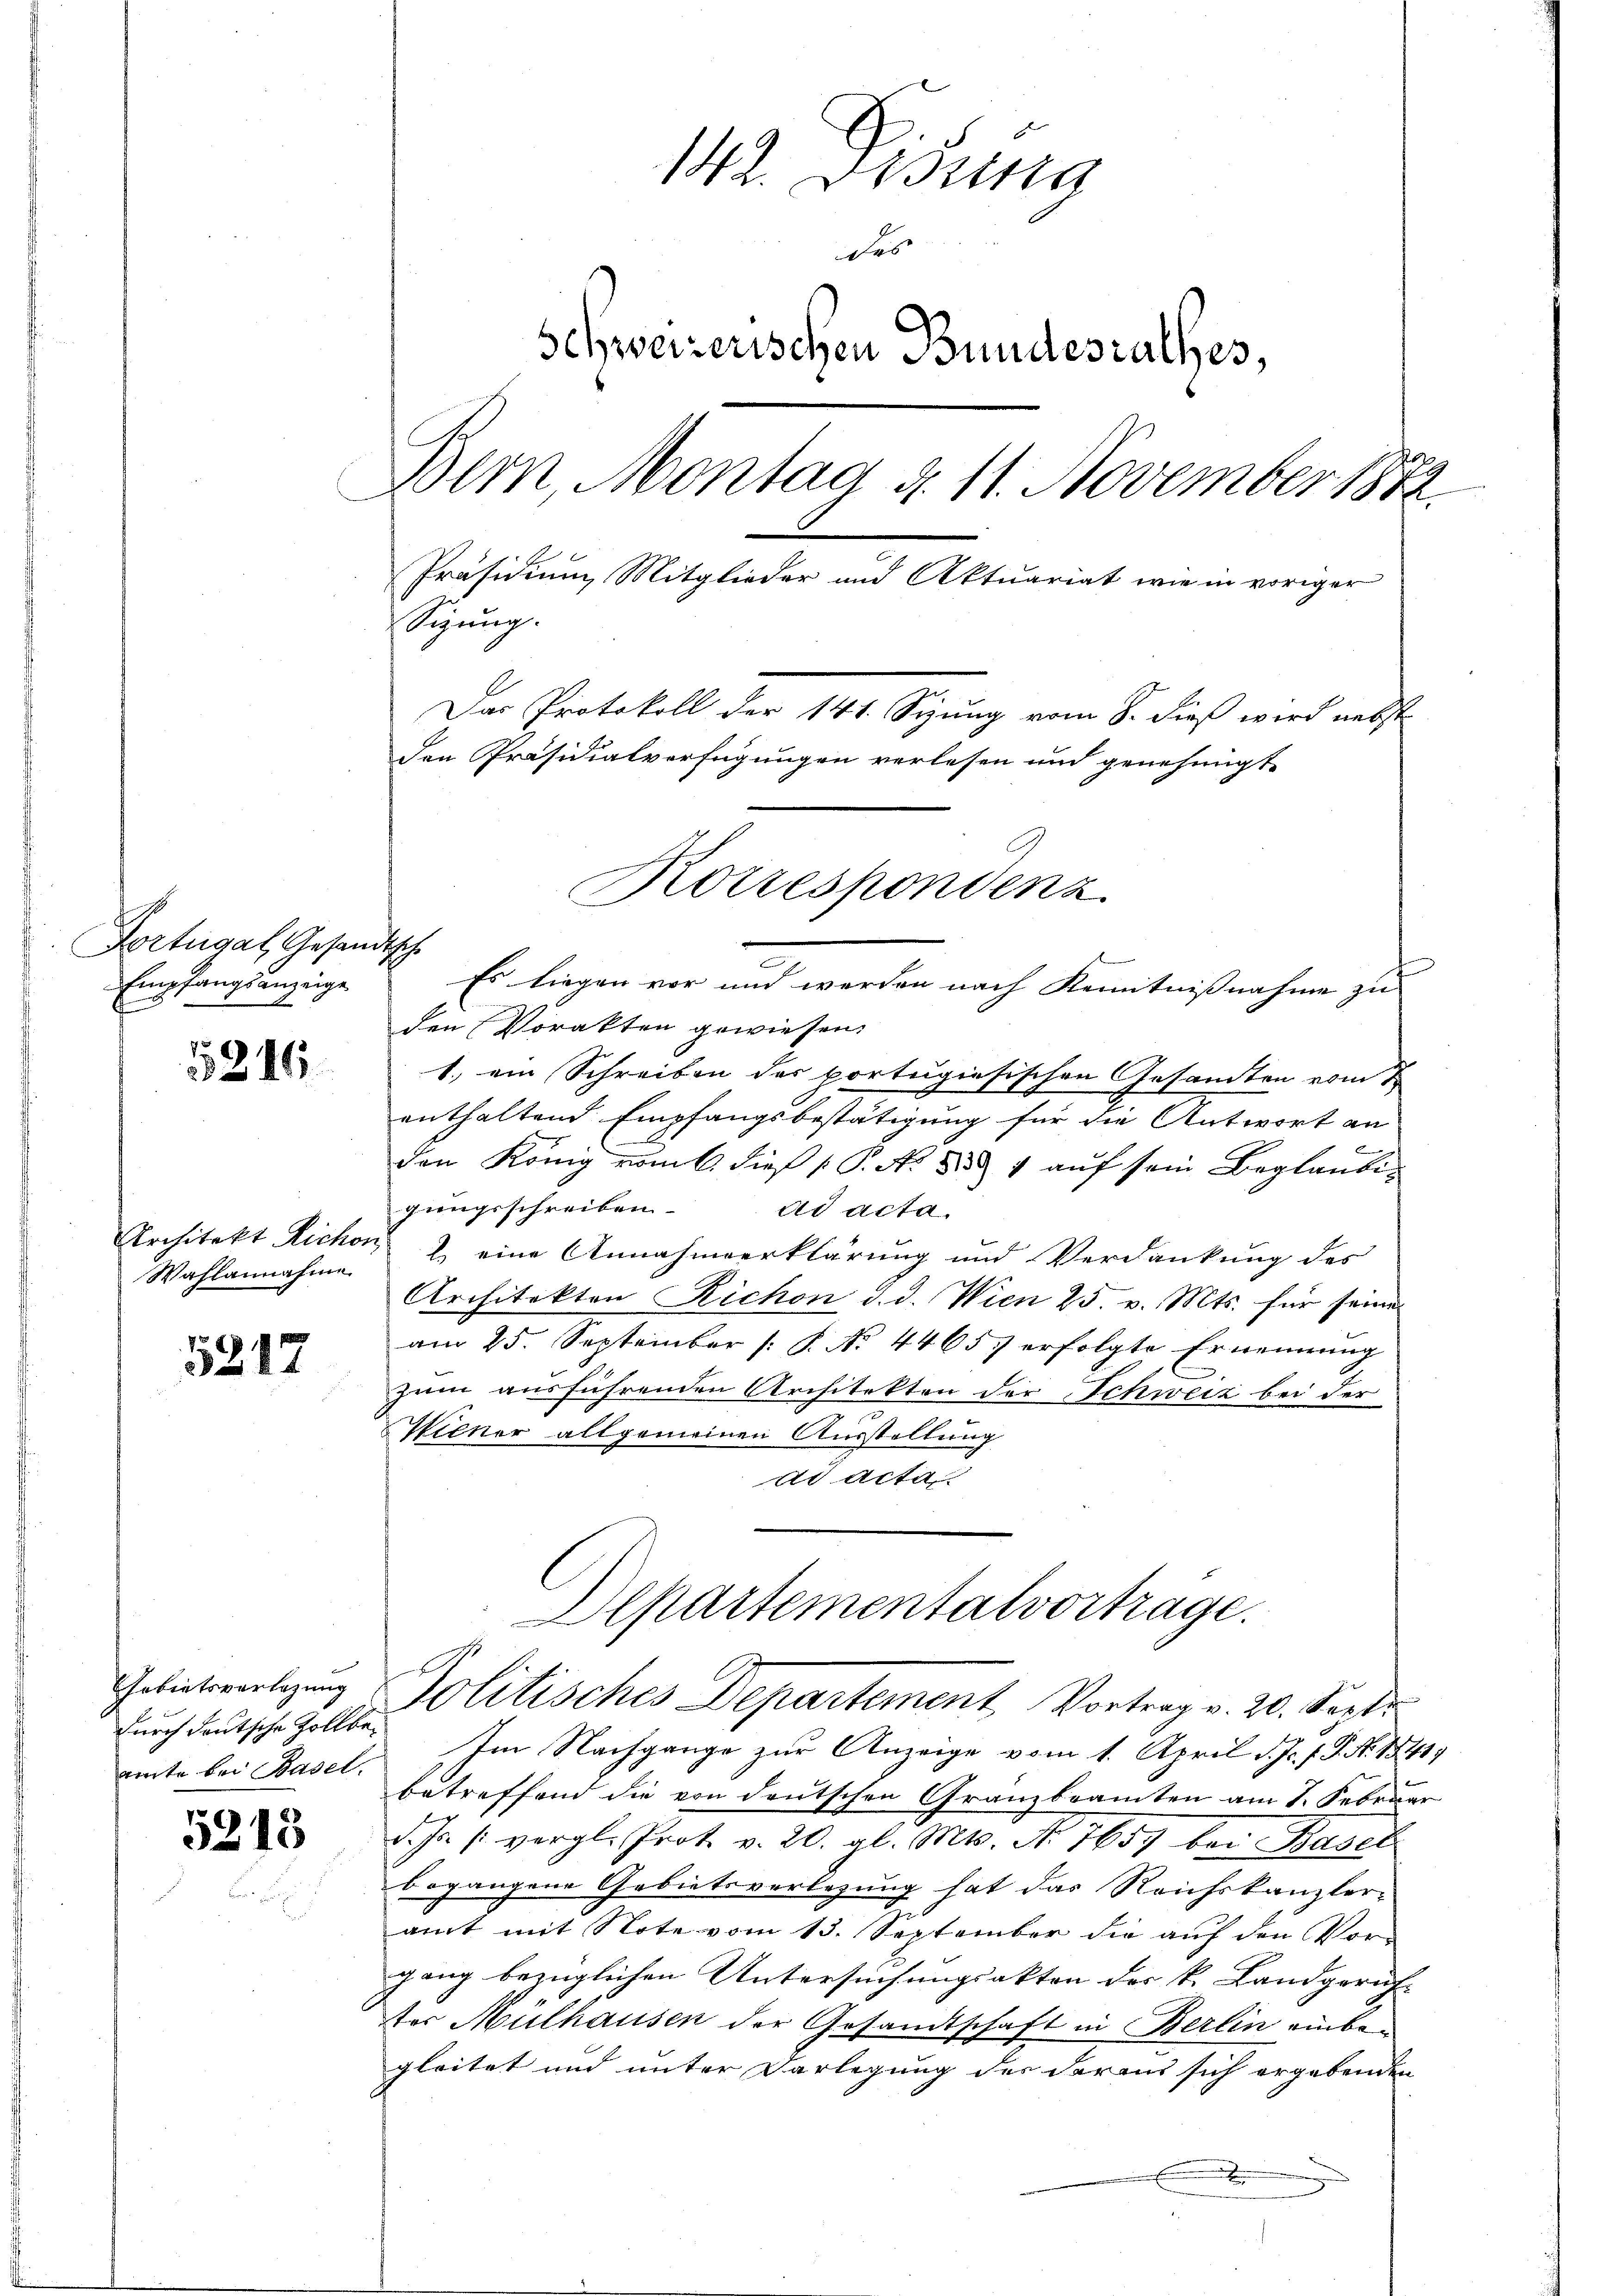
Fortugal, Gesandtsche
Empfangsanzeige
f

15246

Architekt Richo
Wahlannahme

5217

Gebietsverlegung
durch deutsche Zollbeemte bei Basel.

5215

1412. Disena
des
Schweizerischen Bundesrathes,
Bern Montag d. 11. November 1872.
Präsidium Mitglieder und Aktuariat wie in voriger
Sizung.
Das Protokoll der 141. Sizung vom 8. dieß wird nebst
den Präsidialverfügungen verlesen und genehmigt.
Korrespondenz

Es liegen vor und werden nach Kenntnißnahme zu
den Vorakten gewiesen.
1.) ein Schreiben des portugiesischen Gesandten vom 1
enthaltend Empfangsbestätigung für die Antwort an
2
den König vom 6. dieß P. No. 335. 4 aŭf sein Beglaubi-
gungsschreiben.
ad acta.
 2 eine Annahmeerklärung und Verdankung des
Architekten Richon d. d. Wien 25. v. Mts. für seine
am 25. September (: P. No. 4465 erfolgte Ernennung
zum ausführenden Architekten der Schweiz bei der
Wiener allgemeinen Ausstellung
ad acta

Departementalvortrage.
Politisches Departement Vortrag v. 20. Sept.

Im Nachgange zur Anzeige vom 1. April d. Js. f. P. Nr. 1841
betreffend die von deutschen Granzbeamten am 1. Februar
d. Js. (vergl. Prot. v. 20. gl. Mts. No. 7657 bei Basel
begangene Gebietsverlegung hat das Reichskanzleramt mit Note vom 13. September die auf den Vor-
gang bezüglichen Untersuchungsakten des k. Landgerich-
ter Mülhausen der Gesandtschaft in Berlin einbe
gleitet und unter Darlegung der daraus sich ergabenden
.